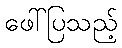
ဖေါ်ပြသည့်